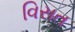
વિસત